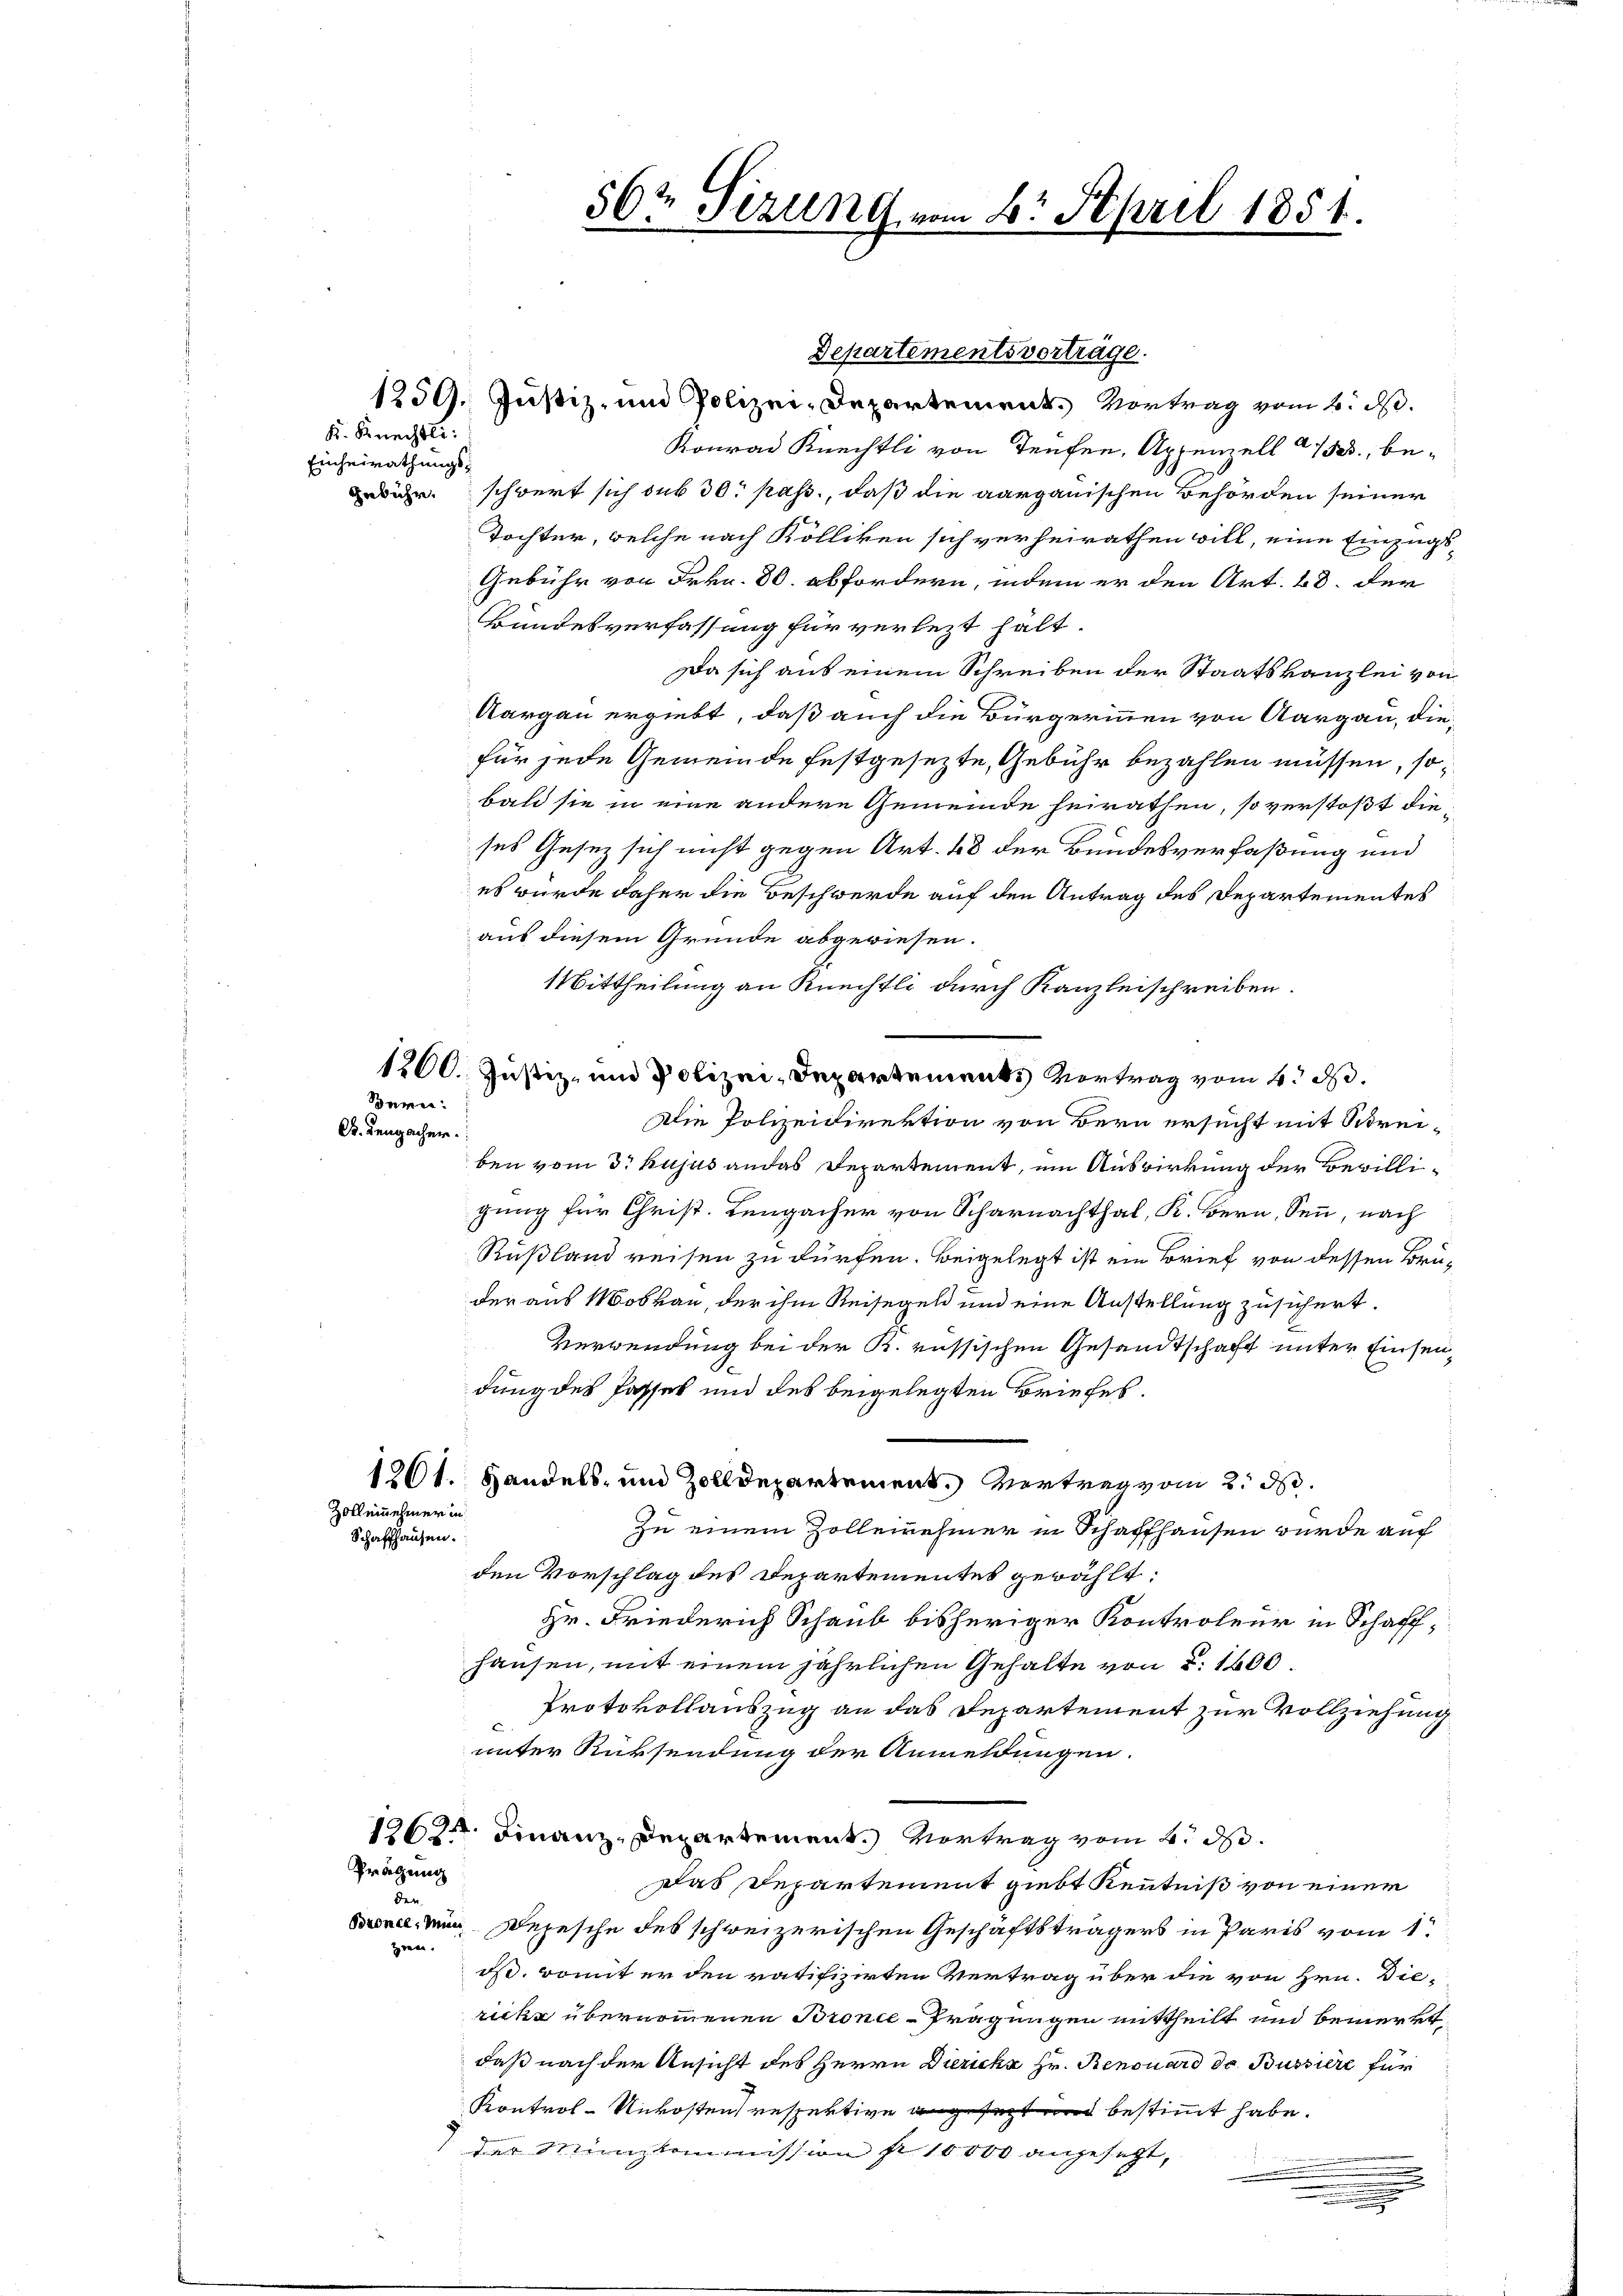
K. Knechtli
Einheirathungs¬

Bern.
B. Lengacher

Departementsvorträge.
1259. Justiz- und Polizei-Departement. Vortrag vom 1. d.
Konrad Knechtli von Teufen, Appenell 150, be¬
Zeiche schwert sich sub 30. pass., daß die aargauischen Behörden seiner
Tochter, welche nach Kölliken sich verheirathen will, eine Einzugs¬
Gebühr von Frkn. 80. abfordern, indem er den Art. 28. der
Bundesverfassung für verletzt hält.
Da sich aus einem Schreiben der Staatskanzlei von
Aargau ergiebt, daß auch die Bürgerinnen von Aargau, diefür jede Gemeinde festgesezte, Gebühr bezahlen müssen, sobald sie in eine andere Gemeinde heirathen, so verstößt dieses Gesetz sich nicht gegen Art. 48 der Bundesverfaßung und
es wurde daher die Beschwerde auf den Antrag des Departementes
aus diesem Grunde abgewiesen.
Mittheilung an Knechtli durch Kanzleischreiben.
1260. Justiz- und Polizei-Departements Vortrag vom 4. d.
Die Polizeidirektion von Bern ersucht mit Schreiben vom 3. hujus andas Departement, um Auswirkung der Bewilligung für Christ. Lengacher von Scharnachthal, K. Bern, Senn, nach
Rußland reisen zu dürfen. Beigelegt ist ein Brief von dessen Brüder aus Moskau, der ihm Reisegel und eine Anstellung zusichert.
Verwendung bei der K. russischen Gesandtschaft unter Einsendung des Passes und des beigelegten Briefes.
1261. Handels- und Zolldepartement. Vertrag vom 2. d.
Zollennehmer in
Zu einem Zollernehmer in Schaffhausen wurde auf
Schaffhausen.
den Vorschlag des Departementes gewählt:
Hr. Friederich Schaub bisheriger Kontroleur in Schaff,
hausen, mit einem jährlichen Gehalte von §. 1600.
Protokollauszug an das Departement zur Vollziehung
unter Rücksendung der Anmeldungen.
1262.
Finanz-Departement.) Vortrag vom 2. d.
Prägung
das Departement giebt Kenntniß von einer
der
Bnel, ein Depesche des schweizerischen Geschäftsträgers in Paris vom 1.
zien.
oß, womit er den ratifizirten Vertrag über die von Hrn. Diericke übernommenen Bronce-Prägungen mittheilt und bemerkt,
daß nach der Ansicht des Herrn Dieriche Hr. Renouard de Bussiere für
Kontrol- Unkosten respektive angesetzt und bestimmt habe.
der Münzkommission pr 10000 angesetzt,
.
e

56te Sirung

8. April 1851.